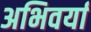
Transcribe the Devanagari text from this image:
अभिवर्या